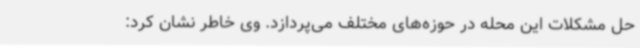
حل مشکلات این محله در حوزه‌های مختلف می‌پردازد. وی خاطر نشان کرد: